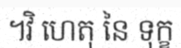
។វិ ហេតុ នៃ ទុក្ខ